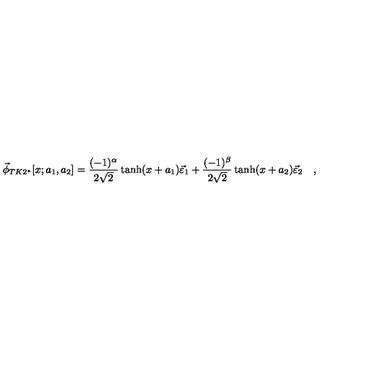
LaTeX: \vec { \phi } _ { T K 2 ^ { * } } [ x ; a _ { 1 } , a _ { 2 } ] = \frac { ( - 1 ) ^ { \alpha } } { 2 \sqrt { 2 } } \tanh ( x + a _ { 1 } ) \vec { \varepsilon } _ { 1 } + \frac { ( - 1 ) ^ { \beta } } { 2 \sqrt { 2 } } \tanh ( x + a _ { 2 } ) \vec { \varepsilon } _ { 2 } \quad ,